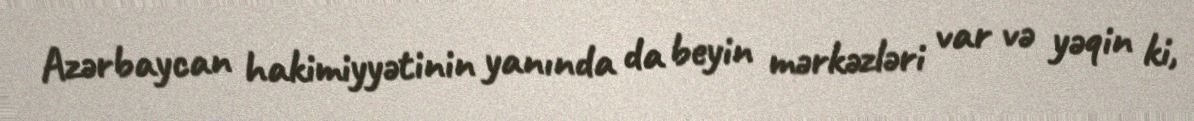
Azərbaycan hakimiyyətinin yanında da beyin mərkəzləri var və yəqin ki,